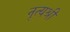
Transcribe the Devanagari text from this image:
नृत्यश्री